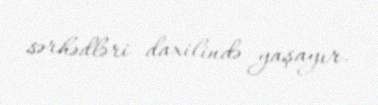
sərhədləri daxilində yaşayır.